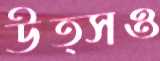
উত্সও